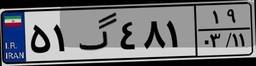
۵۱گ۴۸۱۱۹